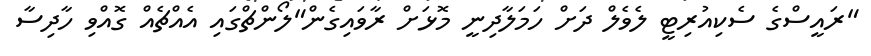
"ރައީސްގެ ސެކިއުރިޓީ ލެވެލް ދަށް ހަމަލާދިނީ މޮޅަށް ރާވައިގެން"ލޯންޗްގަައި އެއްޗެއް ގޮއްވި ހާދިސާ